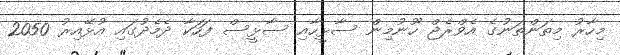
މިހާރު މިތަންތަނުގެ އެވްރެޖް ހޫނުމިން ސާޅީހާއި ސާޅީސް ފަހަކާ ދެމެދުގައި އުޅޭއިރު 2050